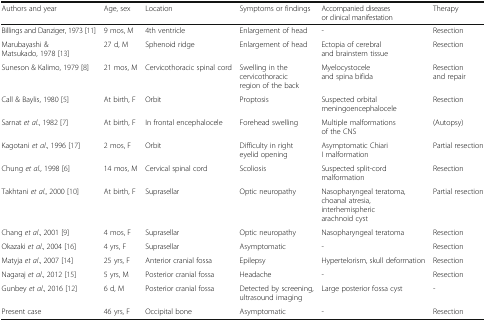
<table><thead><tr><td><b>Authors and year</b></td><td><b>Age, sex</b></td><td><b>Location</b></td><td><b>Symptoms or findings</b></td><td><b>Accompanied diseases or clinical manifestation</b></td><td><b>Therapy</b></td></tr></thead><tbody><tr><td>Billings and Danziger, 1973 [11]</td><td>9 mos, M</td><td>4th ventricle</td><td>Enlargement of head</td><td>-</td><td>Resection</td></tr><tr><td>Marubayashi &amp; Matsukado, 1978 [13]</td><td>27 d, M</td><td>Sphenoid ridge</td><td>Enlargement of head</td><td>Ectopia of cerebral and brainstem tissue</td><td>Resection</td></tr><tr><td>Suneson &amp; Kalimo, 1979 [8]</td><td>21 mos, M</td><td>Cervicothoracic spinal cord</td><td>Swelling in the cervicothoracic region of the back</td><td>Myelocystocele and spina bifida</td><td>Resection and repair</td></tr><tr><td>Call &amp; Baylis, 1980 [5]</td><td>At birth, F</td><td>Orbit</td><td>Proptosis</td><td>Suspected orbital meningoencephalocele</td><td>Resection</td></tr><tr><td>Sarnat <i>et al</i>., 1982 [7]</td><td>At birth, F</td><td>In frontal encephalocele</td><td>Forehead swelling</td><td>Multiple malformations of the CNS</td><td>(Autopsy)</td></tr><tr><td>Kagotani <i>et al</i>., 1996 [17]</td><td>2 mos, F</td><td>Orbit</td><td>Difficulty in right eyelid opening</td><td>Asymptomatic Chiari I malformation</td><td>Partial resection</td></tr><tr><td>Chung <i>et al</i>., 1998 [6]</td><td>14 mos, M</td><td>Cervical spinal cord</td><td>Scoliosis</td><td>Suspected split-cord malformation</td><td>Resection</td></tr><tr><td>Takhtani <i>et al</i>., 2000 [10]</td><td>At birth, F</td><td>Suprasellar</td><td>Optic neuropathy</td><td>Nasopharyngeal teratoma, choanal atresia, interhemispheric arachnoid cyst</td><td>Partial resection</td></tr><tr><td>Chang <i>et al</i>., 2001 [9]</td><td>4 mos, F</td><td>Suprasellar</td><td>Optic neuropathy</td><td>Nasopharyngeal teratoma</td><td>Resection</td></tr><tr><td>Okazaki <i>et al</i>., 2004 [16]</td><td>4 yrs, F</td><td>Suprasellar</td><td>Asymptomatic</td><td>-</td><td>Resection</td></tr><tr><td>Matyja <i>et al</i>., 2007 [14]</td><td>25 yrs, F</td><td>Anterior cranial fossa</td><td>Epilepsy</td><td>Hypertelorism, skull deformation</td><td>Resection</td></tr><tr><td>Nagaraj <i>et al</i>., 2012 [15]</td><td>5 yrs, M</td><td>Posterior cranial fossa</td><td>Headache</td><td>-</td><td>Resection</td></tr><tr><td>Gunbey <i>et al</i>., 2016 [12]</td><td>6 d, M</td><td>Posterior cranial fossa</td><td>Detected by screening, ultrasound imaging</td><td>Large posterior fossa cyst</td><td>-</td></tr><tr><td>Present case</td><td>46 yrs, F</td><td>Occipital bone</td><td>Asymptomatic</td><td>-</td><td>Resection</td></tr></tbody></table>